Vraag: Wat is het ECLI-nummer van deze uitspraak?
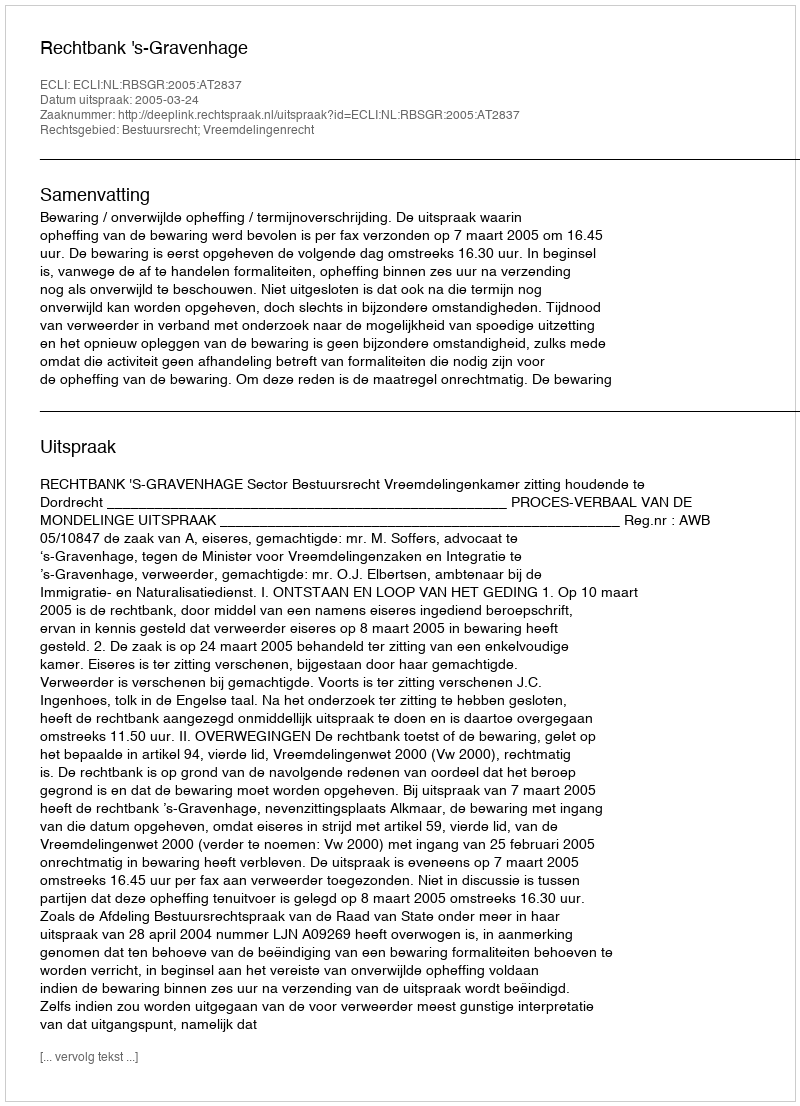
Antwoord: ECLI:NL:RBSGR:2005:AT2837